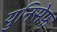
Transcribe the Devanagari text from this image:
युनिसेफ़